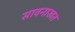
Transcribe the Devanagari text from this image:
सावनाखत